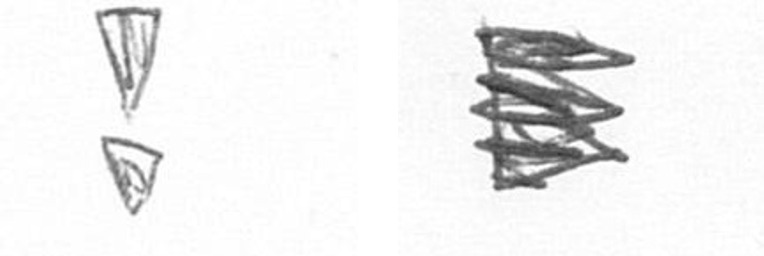
Z H